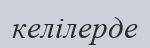
келілерде